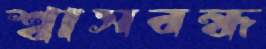
শ্বাসবন্ধ